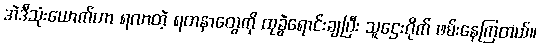
အဲဒီသုံးယောက်ဟာ ရလာတဲ့ ရတနာတွေကို ထုခွဲရောင်းချပြီး သူဌေးဂိုက် ဖမ်းနေကြတယ်။